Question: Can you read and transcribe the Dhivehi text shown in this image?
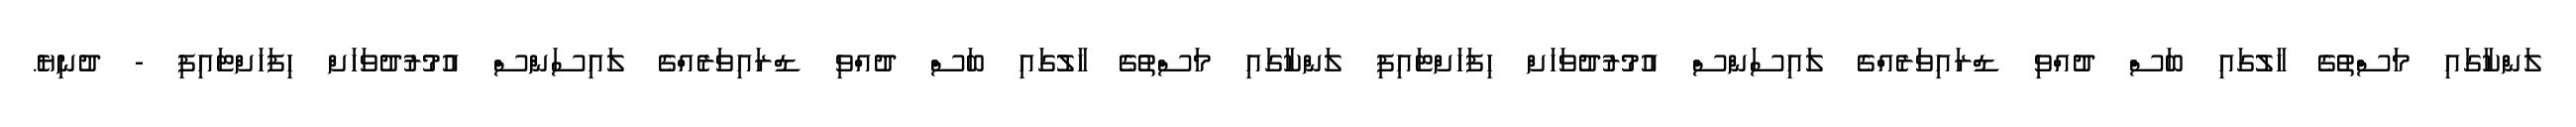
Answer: ލަންކާގައި މަސްތުގެ ހާލުގައި ބަސް ދުއްވި ޑްރައިވަރެއްގެ ލައިސަންސް އުމުރުދުވަހަށް ހިފަހަށްޓައިފި ލަންކާގައި މަސްތުގެ ހާލުގައި ބަސް ދުއްވި ޑްރައިވަރެއްގެ ލައިސަންސް އުމުރުދުވަހަށް ހިފަހަށްޓައިފި - ދުނިޔެ.